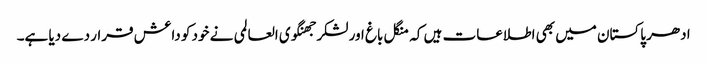
ادھر پاکستان میں بھی اطلاعات ہیں کہ منگل باغ اور لشکر جھنگوی العالمی نے خود کو داعش قرار دے دیا ہے۔